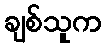
ချစ်သူက